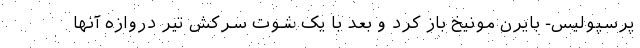
پرسپولیس- بایرن مونیخ باز کرد و بعد با یک شوت سرکش تیر دروازه آنها